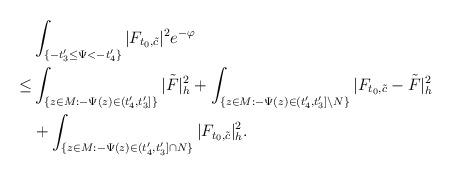
LaTeX: \begin{align*}&\int_{ \{-t'_3\le\Psi<-t'_4\}}|F_{t_0,\tilde{c}}|^2e^{-\varphi}\\\le & \int_{\{z\in M:-\Psi(z)\in (t'_4,t'_3]\}}|\tilde F|^2_h+\int_{\{z\in M:-\Psi(z)\in (t'_4,t'_3]\backslash N\}}|F_{t_0,\tilde{c}}-\tilde F|^2_h\\&+\int_{ \{z\in M: -\Psi(z)\in(t'_4,t'_3]\cap N\}}|F_{t_0,\tilde{c}}|^2_h.\end{align*}